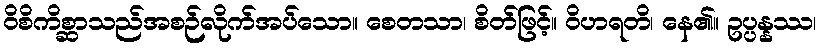
ဝိစိကိစ္ဆာသည်အစဉ်လိုက်အပ်သော။ စေတသာ၊ စိတ်ဖြင့်။ ဝိဟရတိ၊ နေ၏။ ဥပ္ပန္နဿ၊